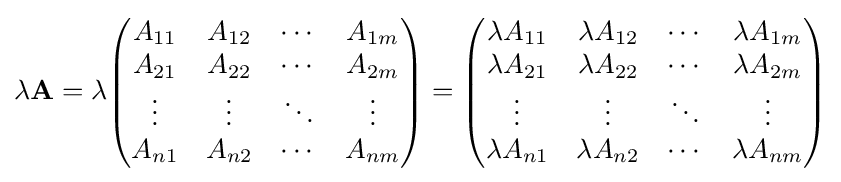
\lambda \mathbf {A} =\lambda {\begin{pmatrix}A_{11}&A_{12}&\cdots &A_{1m}\\A_{21}&A_{22}&\cdots &A_{2m}\\\vdots &\vdots &\ddots &\vdots \\A_{n1}&A_{n2}&\cdots &A_{nm}\\\end{pmatrix}}={\begin{pmatrix}\lambda A_{11}&\lambda A_{12}&\cdots &\lambda A_{1m}\\\lambda A_{21}&\lambda A_{22}&\cdots &\lambda A_{2m}\\\vdots &\vdots &\ddots &\vdots \\\lambda A_{n1}&\lambda A_{n2}&\cdots &\lambda A_{nm}\\\end{pmatrix}}